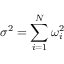
\sigma ^ { 2 } = \sum _ { i = 1 } ^ { N } \omega _ { i } ^ { 2 }